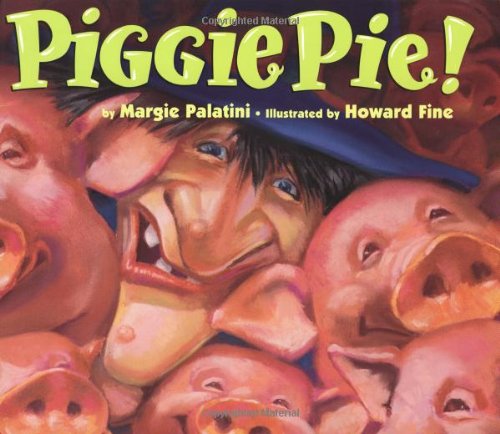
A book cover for Piggie Pie!; Margie Palatini; Children's Books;